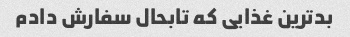
بدترین غذایی که تابحال سفارش دادم